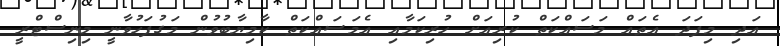
އަދި މިފަދަ އެތައް މަސައްކަތް ކުރިއަށް ހުރިކަމާއި އެމަސައްކަތް ކާމިޔާބުވުން މަގުފަހުވާނީ މިނިސްޓްރީ